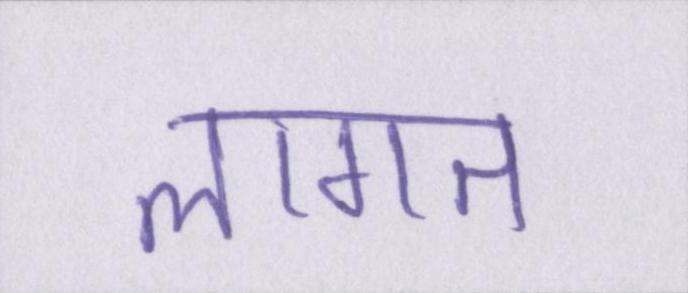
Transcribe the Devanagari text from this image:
लागत